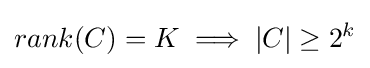
rank(C)=K\implies |C|\geq 2^{k}